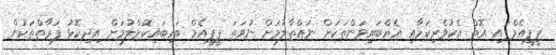
ޕީޕީއެމްގައި އޮތް އެކުވެރިކަމާއި އެއްބައިވަންތަކަށް ނައްތާލުމަށް ނުވަތަ ޕީޕީއެމް ބައިބައިކޮށްލުމަށް އިދިކޮޅު ފަރާތްތަކުން